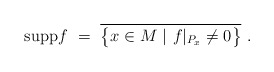
\begin{align*} \mathrm{supp} f~=~\overline{\bigl\{ x \in M~|~f\vert_{P_x} \neq 0 \bigr\}}~.\end{align*}